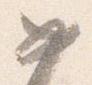
如